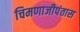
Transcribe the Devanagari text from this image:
चिमणाजीपंतास